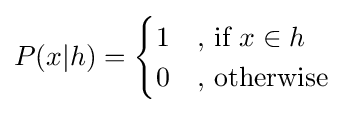
P(x|h)={\begin{cases}1&{\text{, if }}x\in h\\0&{\text{, otherwise}}\end{cases}}